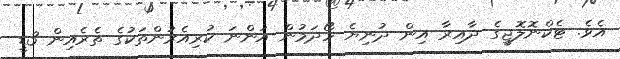
އެވެ. ޓެކްނޮލޮޖީގެ ދާއިރާ އިން ދުނިޔެ ހޯދަމުން އަންނަ ކުރިއެރުންތަކުގެ ތެރެއިން 3ޑީ